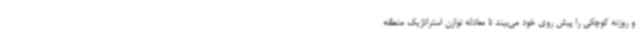
و روزنه کوچکی را پیش روی خود می‌بیند تا معادله توازن استراتژیک منطقه